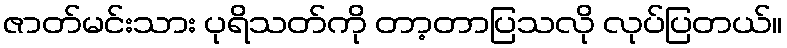
ဇာတ်မင်းသား ပုရိသတ်ကို တာ့တာပြသလို လုပ်ပြတယ်။